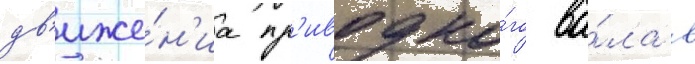
дв'иже́н'иа пр'иводно́го ва́ла в